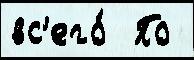
вс'его́  По